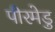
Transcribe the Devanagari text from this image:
पीरमेडु